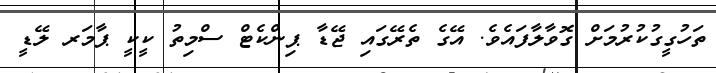
ތަހުގީގުކުރުމަށް ގޮވާލާފައެވެ. އޭގެ ތެރޭގައި ޖޭޑާ ޕިންކެޓް ސްމިތު ކީކީ ޕާމަރ ލޭޑީ